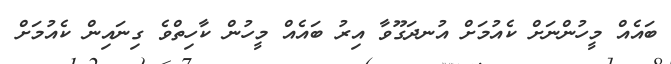
ބައެއް މީހުންނަށް ކެއުމަށް އުނދަގޫވާ އިރު ބައެއް މީހުން ކާހިތްވެ ގިނައިން ކެއުމަށް